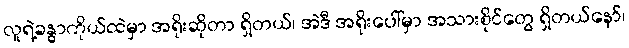
လူရဲ့ခန္ဓာကိုယ်ထဲမှာ အရိုးဆိုတာ ရှိတယ်၊ အဲဒီ အရိုးပေါ်မှာ အသားစိုင်တွေ ရှိတယ်နော်၊